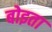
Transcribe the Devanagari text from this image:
बोइता